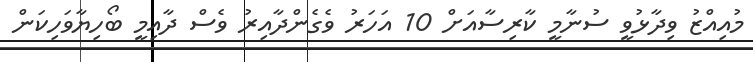
މުއިއްޒު ވިދާޅުވީ ސުނާމީ ކާރިސާއަށް 10 އަހަރު ވެގެންދާއިރު ވެސް ދާއިމީ ބޯހިޔާވަހިކަން